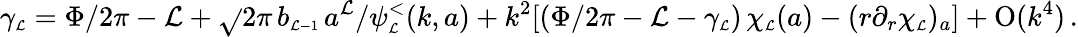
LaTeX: \gamma_{\scriptscriptstyle{\mathcal{L}}}=\Phi/2\pi-\mathcal{L}+\sqrt{}{2}\pi\, b_{\scriptscriptstyle{\mathcal{L}-1}}\, a^{\mathcal{L}}/\psi_{\scriptscriptstyle{\mathcal{L}}}^{<}(k,a)+k^{2}[(\Phi/2\pi-\mathcal{L}-\gamma_{\scriptscriptstyle{\mathcal{L}}})\, \chi_{\scriptscriptstyle{\mathcal{L}}}(a)-(r\partial_{r}\chi_{\scriptscriptstyle{\mathcal{L}}})_{a}]+\mathrm{{O}}(k^{4})\, .